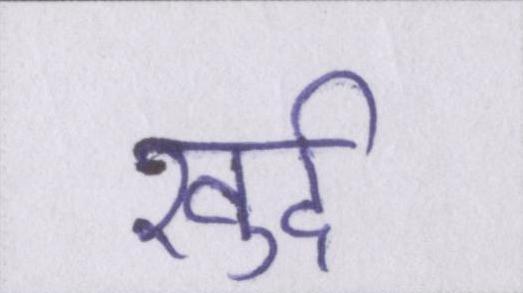
खुर्द